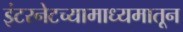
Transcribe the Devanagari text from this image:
इंटरनेटच्यामाध्यमातून